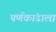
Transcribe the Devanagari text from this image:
पर्णकांडाला